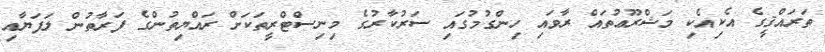
ތަރައްޤީގެ އެކިއެކި މަޝްރޫޢުތައް ރާވައި ހިންގުމުގައި ސަރުކާރުގެ މިނިސްޓްރީތަކަށް ރައްޔިތުންގެ ފަރާތުން ލަފަޔާއި